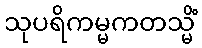
သုပရိကမ္မကတသ္မိံ